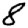
Digit: 8